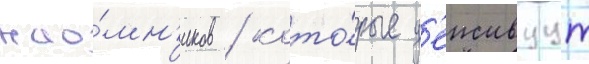
нао́мн'иков / кото́рые д'еиствуут